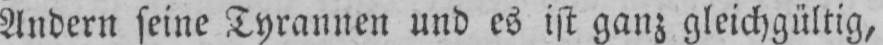
Andern seine Tyrannen und es ist ganz gleichgültig,